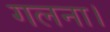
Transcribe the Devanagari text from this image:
गलना।